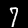
Digit: 7